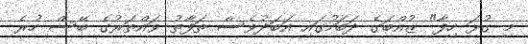
މި ގުޅަ ހިފާ" ޒުއްބަގެ ދަބަހުގައި އަބަދުވެސް ތަފާތު ވައްތަރުގެ ބޭސް ހުރެ